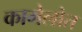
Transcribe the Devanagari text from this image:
कामेलोत